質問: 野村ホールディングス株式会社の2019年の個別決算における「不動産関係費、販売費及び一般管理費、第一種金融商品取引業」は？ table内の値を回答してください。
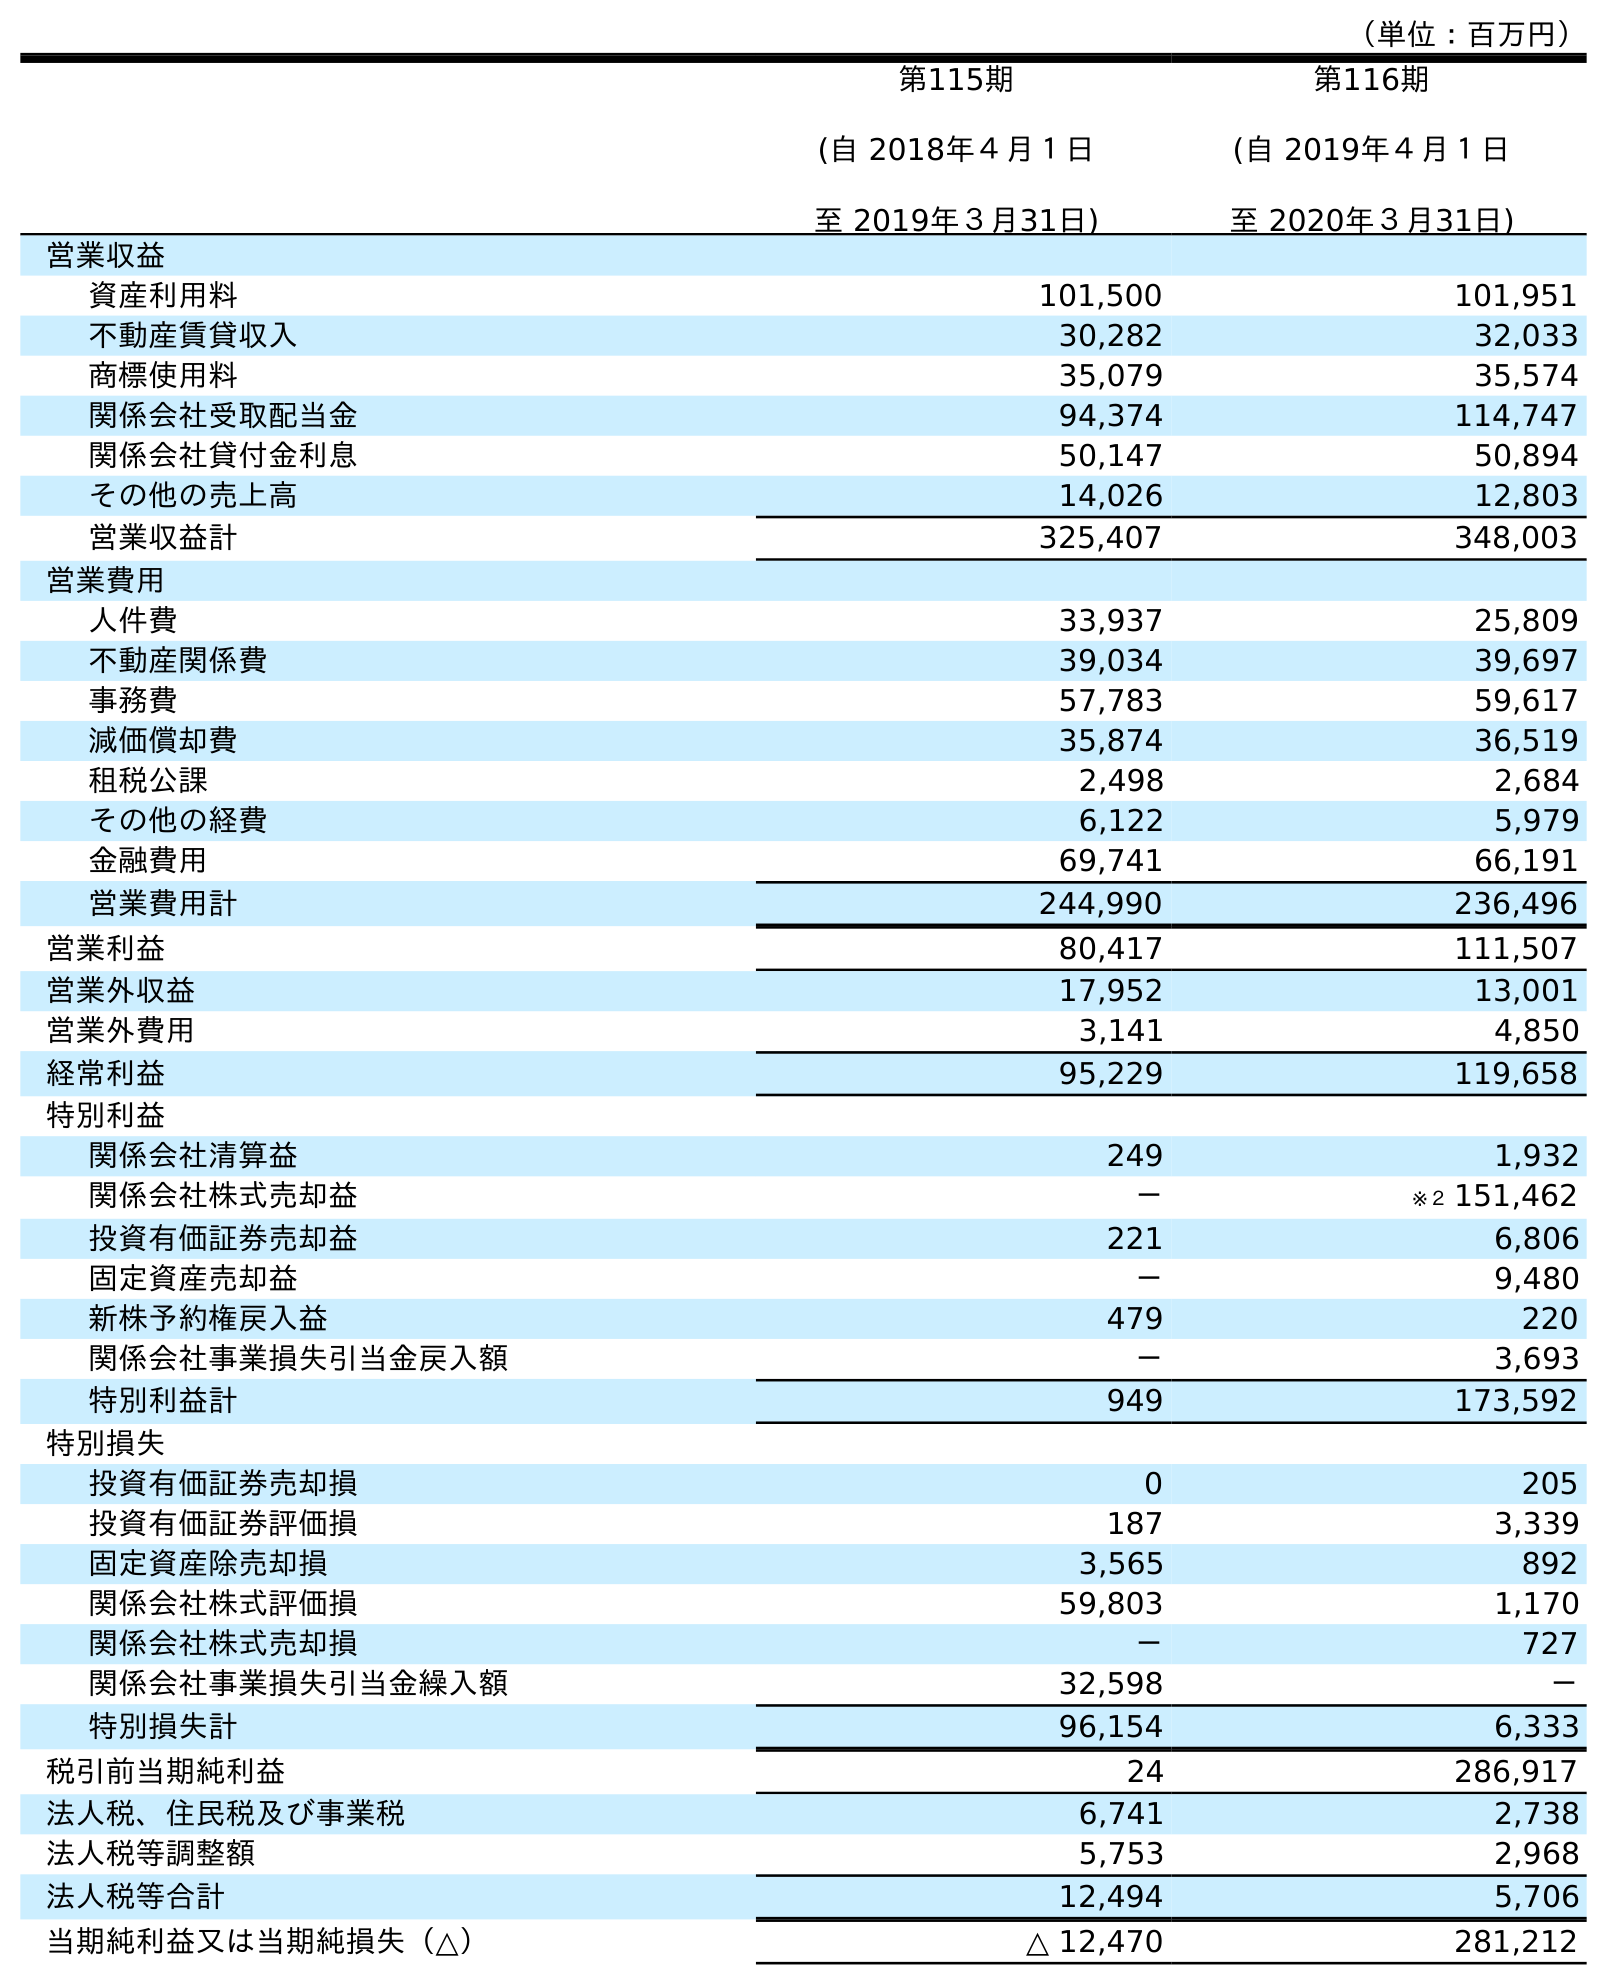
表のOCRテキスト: （単位：百万円） 第115期 (自 2018年４月１日 至 2019年３月31日) 第116期 (自 2019年４月１日 至 2020年３月31日) 営業収益 資産利用料 101,500 101,951 不動産賃貸収入 30,282 32,033 商標使用料 35,079 35,574 関係会社受取配当金 94,374 114,747 関係会社貸付金利息 50,147 50,894 その他の売上高 14,026 12,803 営業収益計 325,407 348,003 営業費用 人件費 33,937 25,809 不動産関係費 39,034 39,697 事務費 57,783 59,617 減価償却費 35,874 36,519 租税公課 2,498 2,684 その他の経費 6,122 5,979 金融費用 69,741 66,191 営業費用計 244,990 236,496 営業利益 80,417 111,507 営業外収益 17,952 13,001 営業外費用 3,141 4,850 経常利益 95,229 119,658 特別利益 関係会社清算益 249 1,932 関係会社株式売却益 － ※２ 151,462 投資有価証券売却益 221 6,806 固定資産売却益 － 9,480 新株予約権戻入益 479 220 関係会社事業損失引当金戻入額 － 3,693 特別利益計 949 173,592 特別損失 投資有価証券売却損 0 205 投資有価証券評価損 187 3,339 固定資産除売却損 3,565 892 関係会社株式評価損 59,803 1,170 関係会社株式売却損 － 727 関係会社事業損失引当金繰入額 32,598 － 特別損失計 96,154 6,333 税引前当期純利益 24 286,917 法人税、住民税及び事業税 6,741 2,738 法人税等調整額 5,753 2,968 法人税等合計 12,494 5,706 当期純利益又は当期純損失（△） △ 12,470 281,212
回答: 39,034